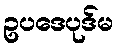
ဥပဒေပုဒ်မ